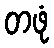
တဖုံ